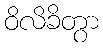
ဝိလိခိတွာ